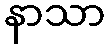
နာသာ